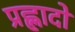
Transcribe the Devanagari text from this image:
प्रह्लादो